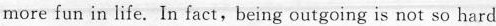
more fun in life. In fact,being outgoing is not so hard